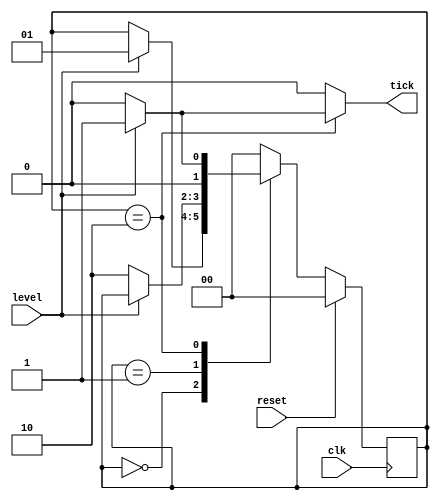
// Listing 5.4
module FSM
(
input wire clk, reset,
input wire level,
output reg tick
);
	// symbolic state declaration
	localparam A = 2'b00, B = 2'b01, C = 2'b10;
	
	// signal declaration
	reg [1:0] state_next, state_reg;
	
		always @(posedge clk)
		if (reset)
		state_reg <= A;
		else
		state_reg <= state_next;

		
	// state regist
		// next-state logic and output logic
		always @*
			begin
			state_next = state_reg; // default state: the same
			tick = 1'b0; // default output: 0
		
		case(state_reg)
			 A : if (level)   
			 begin
			 state_next = B ;
				//tick = 1'b1 ;
			end
			 B : if (~level)  
			 begin
			 state_next = C ;
			 //tick = 1'b1 ;
			 end
			 C : 
				  begin
				  //tick = 1'b1;
				  
				  if(level)
						begin
						tick = 1'b1 ;
						state_next = B ;
						end
						
				  else    state_next = A ;
				  
				  end
			 default :               
						begin
						tick = 1'b0 ;
						state_next = A ;
						end
		endcase
	end
endmodule